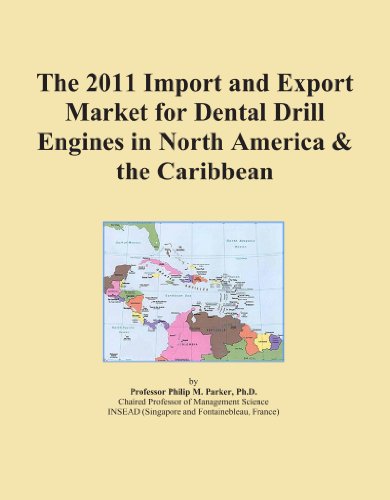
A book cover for The 2011 Import and Export Market for Dental Drill Engines in North America & the Caribbean; Icon Group International; Medical Books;